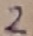
Text: 2